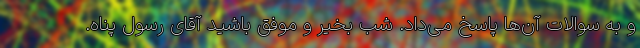
و به سوالات آن‌ها پاسخ می‌داد. شب بخیر و موفق باشید آقای رسول پناه.